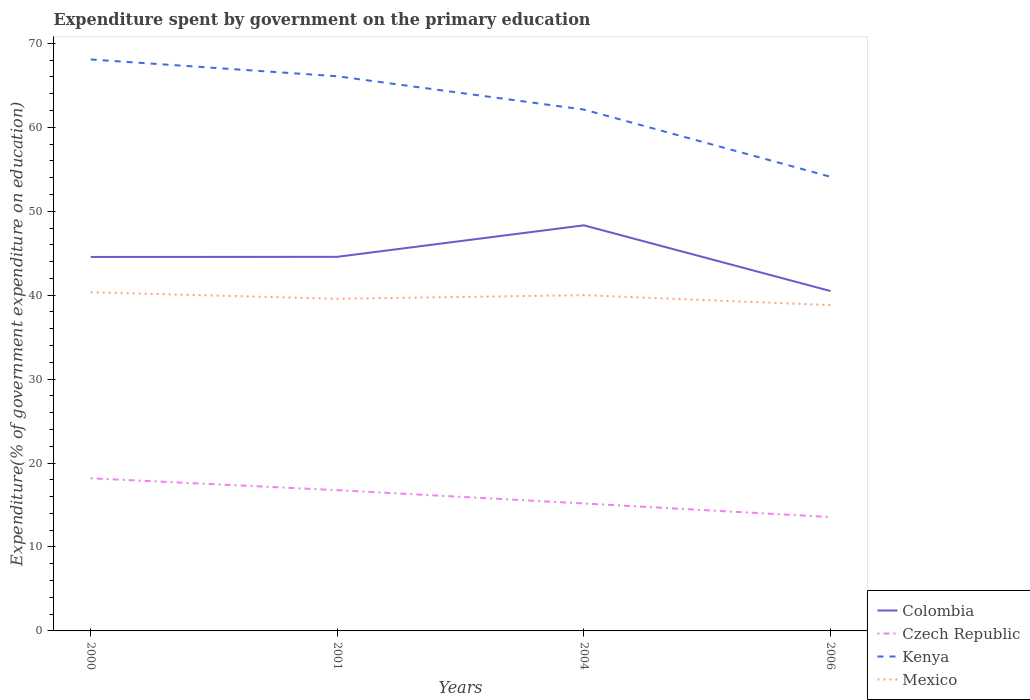
| Years | Colombia | Czech Republic | Kenya | Mexico |
 | --- | --- | --- | --- | --- |
 | 2000 | 44.6 | 18.2 | 68.1 | 40.4 |
 | 2001 | 44.6 | 16.8 | 66.1 | 39.6 |
 | 2004 | 48.3 | 15.2 | 62.1 | 40 |
 | 2006 | 40.5 | 13.6 | 54.1 | 38.8 |